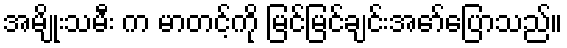
အမျိုးသမီး က မာတင့်ကို မြင်မြင်ချင်းအော်ပြောသည်။